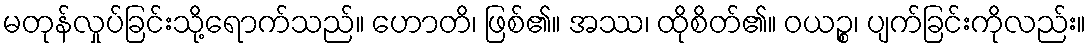
မတုန်လှုပ်ခြင်းသို့ရောက်သည်။ ဟောတိ၊ ဖြစ်၏။ အဿ၊ ထိုစိတ်၏။ ဝယဉ္စ၊ ပျက်ခြင်းကိုလည်း။